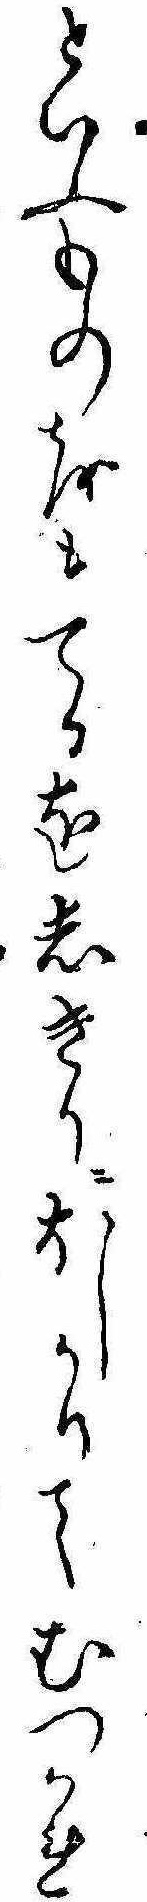
といふものをもてるをしきりにほしかりてむつかれ